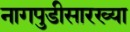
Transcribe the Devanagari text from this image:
नागपुडीसारख्या